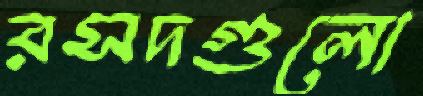
রসদগুলো